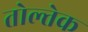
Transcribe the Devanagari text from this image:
तोल्तेक